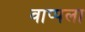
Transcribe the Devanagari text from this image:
वाप्पला